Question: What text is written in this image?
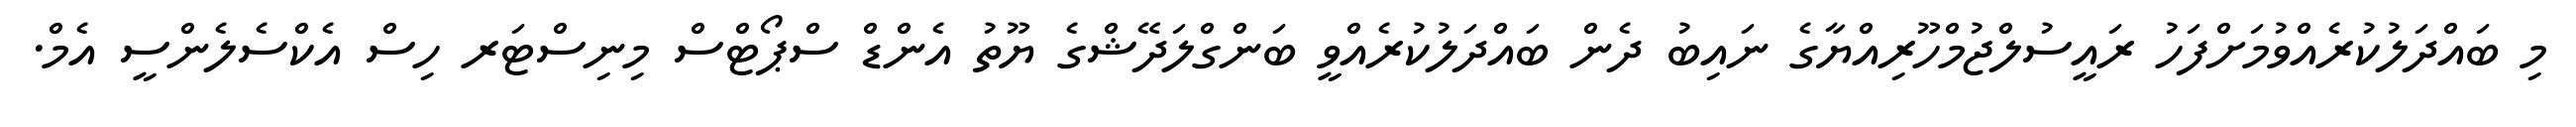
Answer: މި ބައްދަލުކުރެއްވުމަށްފަހު ރައީސުލްޖުމްހޫރިއްޔާގެ ނައިބު ދެން ބައްދަލުކުރެއްވީ ބަންގްލަދޭޝްގެ ޔޫތު އެންޑް ސްޕޯޓްސް މިނިސްޓަރ ހިސް އެކްސެލެންސީ އެމް.